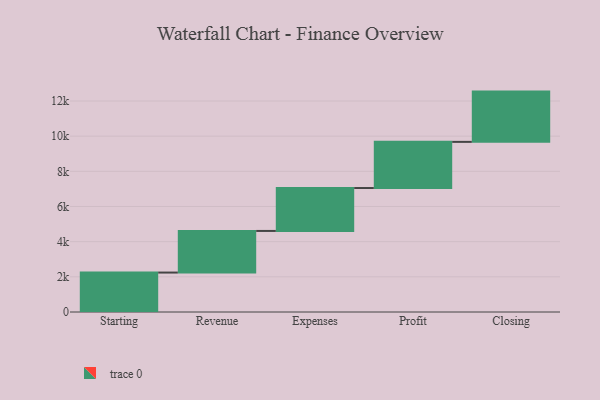
{"axis": {"x": "Step", "y": "Value"}, "legend": [""], "data": [{"x": "Starting", "y": 2243.0, "type": ""}, {"x": "Revenue", "y": 2367.0, "type": ""}, {"x": "Expenses", "y": 2440.0, "type": ""}, {"x": "Profit", "y": 2625.0, "type": ""}, {"x": "Closing", "y": 2859.0, "type": ""}]}